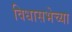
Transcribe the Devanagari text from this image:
विधासभेच्या